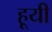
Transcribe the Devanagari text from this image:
हूयी